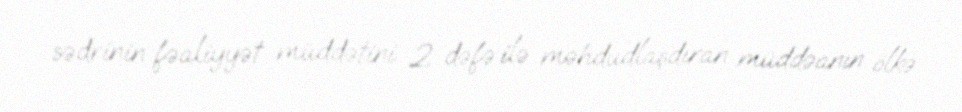
sədrinin fəaliyyət müddətini 2 dəfə ilə məhdudlaşdıran müddəanın ölkə